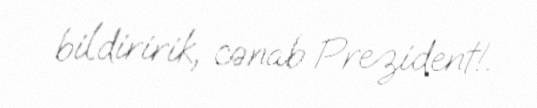
bildiririk, cənab Prezident!.